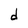
Character: d